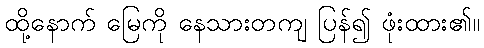
ထို့နောက် မြေကို နေသားတကျ ပြန်၍ ဖုံးထား၏။